Calcutta medical institutions reports 1892-1900
Year: 1892
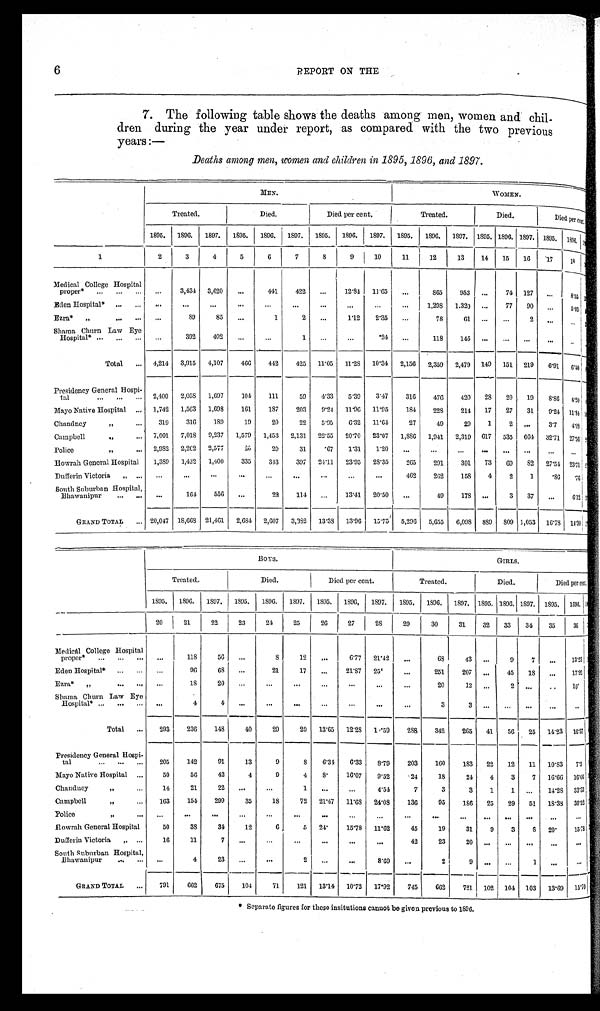
6
REPORT ON THE
7. The following table shows the deaths among men, women and chil
-
dren during the year under report, as compared with the two previous
years:—
Deaths among men, women and children in 1895, 1896, and 1897.
MEN.
WOMEN.
Treated.
Died.
Died per cent.
Treated.
Died.
Died per cent.
1895.
1896.
1897.
1895.
1896.
1897.
1895.
1896.
1897.
1895.
1396.
1897.
1895. 1896. 1897. 1895.
1896.
< i l l e g i b l e >
1
2
3
4
5
6
7
8
9
10
11
12
13
14
15
16
17
18
< i l l e g i b l e >
Medical College Hospital
proper* . . .
. . .
3,434
3,620
. . .
441
422
. . .
12.84
11.65
. . .
865
953
. . .
74
124
. . .
8 . 5 5
< i l l e g i b l e >
Eden Hospital* . . .
. . .
. . .
. . .
. . .
. . .
. . .
. . .
. . .
. . .
. . .
1,298
1.320
. . .
77
90
. . .
5 . 9 3
< i l l e g i b l e >
Ezra* " . . .
. . .
8 9
85
. . .
1
2
. . .
1.12
2.35
. . .
78
61
. . .
. . .
2
. . .
. . .
< i l l e g i b l e >
Shama Churn Law Eye
Hospital* . . .
. . .
392
402
. . .
. . .
1
. . .
. . .
. 2 4
. . .
118
145
. . .
. . .
. . .
. . .
. . .
< i l l e g i b l e >
Total . . .
4,214
3,915
4,107
466
442
425
11.05
11.28
10.34
2,156
2,359
2,479
149
151
219
6.91
6.40
< i l l e g i b l e >
Presidency General Hospi-
t a l . . .
2,400
2,058
1,697
104
111
59
4.33
5.39
3.47
316
476
420
28
20
19
8. 86
4.20
< i l l e g i b l e >
Mayo Native Hospital . . .
1,742
1,563
1,698
161
187
203
9 . 2 4
11.96
11.95
184
228
214
17
27
31
9.24 11.84
< i l l e g i b l e >
Chandney " . . .
319
316
189
19
20
22
5.95
6 . 3 2
11.64
27
49
29
1
2
. . .
3.7
408
< i l l e g i b l e >
Campbell " . . .
7,001
7,018
9,237
1,579
1,453
2,131
22.55
20.70
23.07
1,886
1,941
2,319
617
535
664
32.71
27.56
< i l l e g i b l e >
Police " . . .
2,982
2,202
2,577
2 0
29
31
. 6 7 1.31
1.20
. . .
. . .
. . .
. . .
. . .
. . .
. . .
. . .
< i l l e g i b l e >
Howrah General Hospital
1,389
1,432
1,400
335
343
397
24.11
23.95
28.35
265
291
301
73
69
82
27.54 23.71
< i l l e g i b l e >
Dufferin Victoria " . . .
. . .
. . .
. . .
. . .
. . .
. . .
. . .
. . .
. . .
462
262
158
4
2
1
.86
.76
< i l l e g i b l e >
South Suburban Hospital,
Bhawanipur . . .
. . .
164
556
. . .
22
114
. . .
13.41
20.50
. . .
49
178
. . .
3
37
. . .
6.12 < i l l e g i b l e >
GRAND TOTAL . . . 20,047 18,668
21,461
2,684
2,607
3,382
13.38
13.96
15.75
5,296
5,655
6,098
889
809 1,053
16.78
14.30
< i l l e g i b l e >
BOYS.
GIRLS.
Treated.
Died.
Died per cent.
Treated.
Died.
Died per cent.
1895.
1896.
1897.
1895.
1896.
1897 .
1895.
1896,
1897.
1895.
1896.
1897. 1895. 1896. 1897.
1895.
1896. < i l l e g i b l e >
2 0
21
2 2
23
24
25
26
27
28
29
30
31
32
33
34
35
36
< i l l e g i b l e >
Medicál College Hospital
proper* . . .
. . .
118
56
. . .
8
12
. . .
6.77
21.42
. . .
68
43
. . .
9
7
. . .
13.23 < i l l e g i b l e >
Eden Hospital* . . .
. . .
96
68
. . .
21
17
. . .
21.87
25.
. . .
251
207
. . .
45
18
. . .
17.92
< i l l e g i b l e >
Ezra* " . . .
. . .
18
20
. . .
. . .
. . .
. . .
. . .
. . .
. . .
20
12
. . .
2
. . .
. . .
10.
< i l l e g i b l e >
Shama Churn Law Eye
Hospital* . . .
. . .
4
4
. . .
. . .
. . .
. . .
. . .
. . .
. . .
3
3
. . .
. . .
. . .
. . .
. . .
< i l l e g i b l e >
Total . . .
293
236
148
40
29
20
13.65
12.28
1.59
288
342
265
41
56
25
14.23
16.37
< i l l e g i b l e >
Presidency General Hospi
-
tal . . .
205
142
91
13
9
8
6.34
6.33
8.79
203
160
183
22
12
11
10.83
7.5
< i l l e g i b l e >
Mayo Native Hospital . . .
50
56
42
4
9
4
8 .
16.07
9.52
24
18
24
4
3
7
16.66
16.66
< i l l e g i b l e >
Chandney " . . .
14
21
22
. . .
. . .
1
. . .
. . .
4.54
7
3
3
1
1
. . .
14.28
33.33
< i l l e g i b l e >
Campbell " . . .
163
154
299
35
18
72
21.47
11.68
24.08
136
95
186
25
29
51
18.38
30.52
< i l l e g i b l e >
Police " . . .
. . .
. . .
. . .
. . .
. . .
. . .
. . .
. . .
. . .
. . .
. . .
. . .
. . .
. . .
. . .
. . .
. . .
< i l l e g i b l e >
Howrah General Hospital
50
38
34
12
6
5
24.
15.78
11.62
45
19
31
9
3
8
20.
15.78
< i l l e g i b l e >
Dufferin Victoria " . . .
16
11
7 . . .
. . .
. . .
. . .
. . .
. . .
4 2
23
20
. . .
. . .
. . .
. . .
. . .
< i l l e g i b l e >
South Suburban Hospital,
Bhawanipur . . .
. . .
4
23
. . .
. . .
2
. . .
. . .
8.69
. . .
2
9
. . .
. . .
1
. . .
. . .
< i l l e g i b l e >
GRAND TOTAL . . .
791
662
675
104
71
121
13.14
10.72
17.92
745
662
721
102
104
103
13.69
15.70
< i l l e g i b l e >